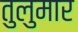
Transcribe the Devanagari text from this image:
तुलुमार